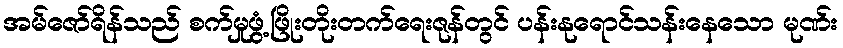
အမ်ဇော်ရိန်သည် စက်မှုဖွံ့ဖြိုးတိုးတက်ရေးဇုန်တွင် ပန်းနုရောင်သန်းနေသော မုဏ်း